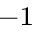
^ { - 1 }